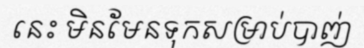
នេះ មិនមែនទុកសម្រាប់បាញ់